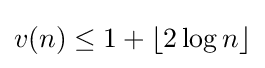
v(n)\leq 1+\lfloor 2\log n\rfloor